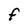
Character: F